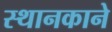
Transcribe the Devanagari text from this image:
स्थानकाने